Annual report of the Punjab Veterinary College and of the Civil Veterinary Department, Punjab - 1920-1925
Year: 1920
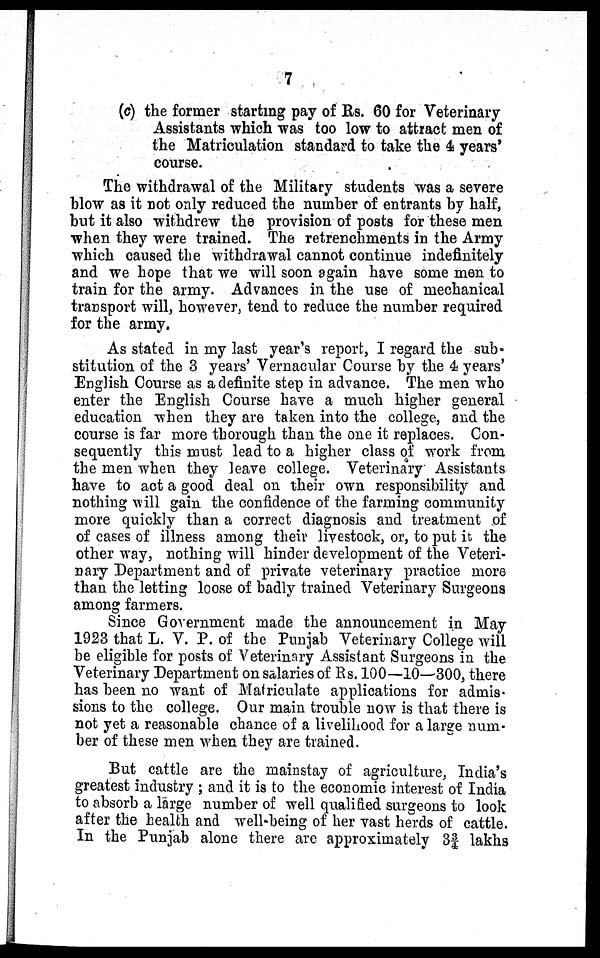
7
(c) the former starting pay of Rs. 60 for Veterinary
Assistants which was too low to attract men of
the Matriculation standard to take the 4 years'
course.
The withdrawal of the Military students was a severe
blow as it not only reduced the number of entrants by half,
but it also withdrew the provision of posts for these men
when they were trained. The retrenchments in the Army
which caused the withdrawal cannot continue indefinitely
and we hope that we will soon again have some men to
train for the army. Advances in the use of mechanical
transport will, however, tend to reduce the number required
for the army.
As stated in my last year's report, I regard the sub-
stitution of the 3 years' Vernacular Course by the 4 years'
English Course as a definite step in advance. The men who
enter the English Course have a much higher general
education when they are taken into the college, and the
course is far more thorough than the one it replaces. Con-
sequently this must lead to a higher class of work from
the men when they leave college. Veterinary Assistants
have to act a good deal on their own responsibility and
nothing will gain the confidence of the farming community
more quickly than a correct diagnosis and treatment of
of cases of illness among their livestock, or, to put it the
other way, nothing will hinder development of the Veteri-
nary Department and of private veterinary practice more
than the letting loose of badly trained Veterinary Surgeons
among farmers.
Since Government made the announcement in May
1923 that L. V. P. of the Punjab Veterinary College will
be eligible for posts of Veterinary Assistant Surgeons in the
Veterinary Department on salaries of Rs. 100—10—300, there
has been no want of Matriculate applications for admis-
sions to the college. Our main trouble now is that there is
not yet a reasonable chance of a livelihood for a large num-
ber of these men when they are trained.
But cattle are the mainstay of agriculture, India's
greatest industry ; and it is to the economic interest of India
to absorb a large number of well qualified surgeons to look
after the health and well-being of her vast herds of cattle.
In the Punjab alone there are approximately 3¾ lakhs